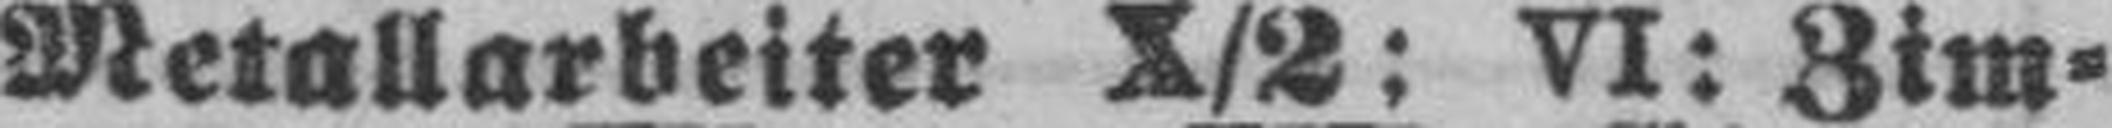
Metallarbeiter X/2: VI: Zim¬